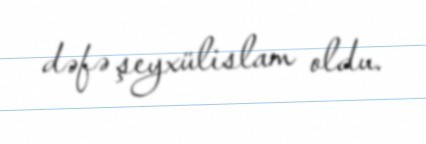
dəfə şeyxülislam oldu.